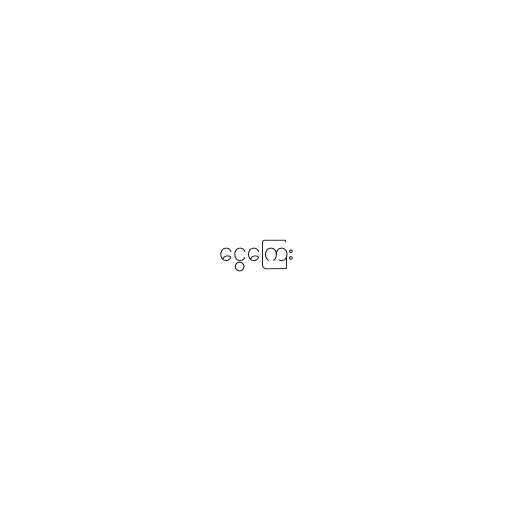
ငွေကြေး